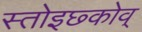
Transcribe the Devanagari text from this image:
स्तोइछ्कोव्